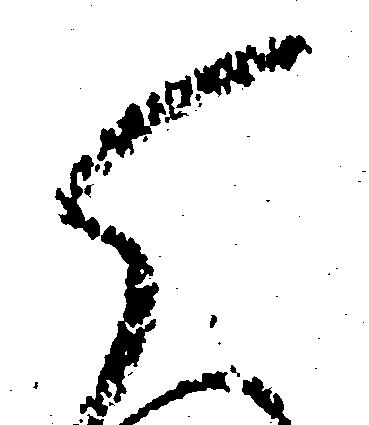
ら